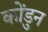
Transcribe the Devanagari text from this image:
कोंडुन